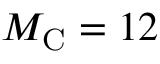
M _ { \mathrm { C } } = 1 2